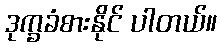
ဒုက္ခခံစားနိုင် ပါတယ်။